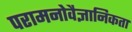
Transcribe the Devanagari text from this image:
परामनोवैज्ञानिकता